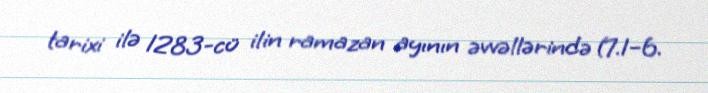
tarixi ilə 1283-cü ilin ramazan ayının əvvəllərində (7.1–6.